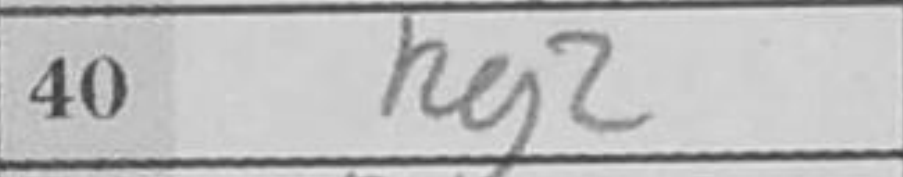
Transcription: Rg2